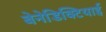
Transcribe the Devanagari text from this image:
बेनेडिक्टियाई